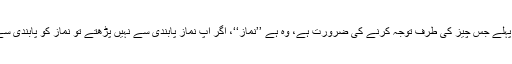
اپنی اصلاح کے لیے سب سے پہلے جس چیز کی طرف توجہ کرنے کی ضرورت ہے، وہ ہے ’’نماز‘‘، اگر آپ نماز پابندی سے نہیں پڑھتے تو نماز کو پابندی سے ادا کرنے کی کوشش کیجیے۔